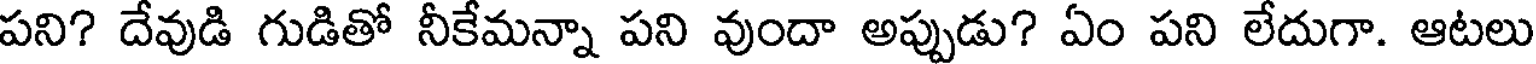
పని? దేవుడి గుడితో నీకేమన్నా పని వుందా అప్పుడు? ఏం పని లేదుగా. ఆటలు